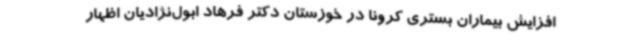
افزایش بیماران بستری کرونا در خوزستان دکتر فرهاد ابول‌نژادیان اظهار